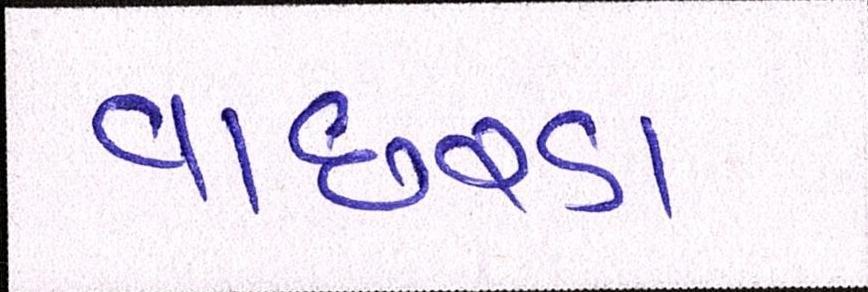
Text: વાછરડા